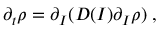
\partial _ { t } \rho = \partial _ { I } ( D ( I ) \partial _ { I } \rho ) \; ,